Medical and sanitary report of the native army of Bengal for the year
Year: 1877
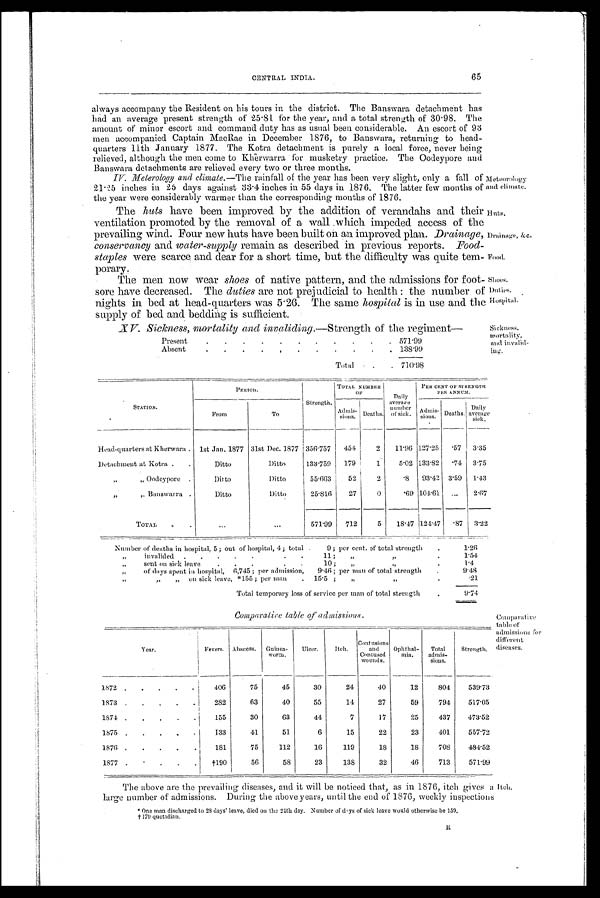
Meteorology
and climate.
Huts.
Drainage, &c.
Food.
Shoes.
Du t i e s .
Hospital.
Sickness,
mortality,
and invalid-
ing.
CENTRAL INDIA.
65
always accompany the Resident on his tours in the district. The Banswara detachment has
had an average present strength of 25.81 for the year, and a total strength of 30.98. The
amount of minor escort and command duty has as usual been considerable. An escort of 93
men accompanied Captain MacRae in December 1876, to Banswara, returning to head-
quarters 11th January 1877. The Kotra detachment is purely a local force, never being
relieved, although the men come to Kherwara for musketry practice. The Oodeypore and
Banswara detachments are relieved every two or three months.
IV. Meterology and climate.— The rainfall of the year has been very slight, only a fall of
21.25 inches in 25 days against 33.4 inches in 55 days in 1876. The latter few months of
the year were considerably warmer than the corresponding months of' 1876.
The huts have been improved by the addition of verandahs and their
ventilation promoted by the removal of a wall which impeded access of the
prevailing wind. Four new huts have been built on an improved plan. Drainage,
conservancy and water-supply remain as described in previous reports. Food-
staples were scarce and dear for a short time, but the difficulty was quite tem-
porary.
The men now wear shoes of native pattern, and the admissions for foot-
sore have decreased. The duties are not prejudicial to health : the number
nights in bed at head-quarters was 5.26. The same hospital is in use and the
supply of bed and bedding is sufficient.
_X V. Sickness, mortality and invaliding.—Strength of the regiment—
Present
.
.
.
.
.
.
.
.
.
.
. 571.99
Absent
.
.
.
.
,
.
.
.
.
.
. 138.99
Total
•
.
.
710.98
S T A T I O N .
PERIOD.
TOTAL NUMBER
OF
Daily
average
number
of sick.
P E R C E N T O F S T R E N G T H P E R A N N U M .
From
_
To
Strength.
Admis-
sions.
Deaths.
Admis-
s i o n s .
Deaths.
Daily
average
sick.
Head-quarters at Kherwara . let Jan, 1877 31st Dec. 1877 356.757
454
2
11.96 127.25
.57
3.35
Detachment at Kotra .
.
Ditto
Ditto
133.759
179
1
5.02 133.82
.74
3.75
„
„ Oodeypore .
Ditto
Ditto
55.663
52
2
.8
93.42 3.59
1.43
"
" Banswara .
Ditto
Ditto
25.816
27
0
.69 104.61
...
2.67
TOTAL
.
...
...
571.99
712
5
18.47 124.47
.87
3.22
Number of deaths in hospital, 5; out of hospital, 4; total .
9; per cent. of total strength
.
1.26
„
invalided
.
.
.
.
•
•
11 ;
„
„
•
1.51
„
sent on sick leave
. .
.
.
.
10 ;
„
.
1.4
„
of days spent in hospital, 6,745 ; per admission,
9 . 46 ; per man of total strength
.
9.48
„
„
on sick leave, *155; per man
.
15.5
"
"
.
.21
Total temporary loss of service per man of total strength
.
9.74
Comparatire table of admissions.
Year.
Fevers. Abscess.
Guinea-
worm.
Ulcer.
Itch.
Contusions
and
Contused
wounds.
Ophthal-
mia.
Total
admis-
sions.
Strength.
1872 .
.
.
.
75
45
30
24
40
12
804
539.73
1873 .
.
.
.
.
282
63
40
55
14
27
59
794
517.05
1874 .
.
.
.
.
155
30
63
44
7
17
25
437
473.52
1875 .
.
.
.
•
133
41
51
6
15
22
23
401
557.72
1876 .
.
.
.
.
181
75
112
16
119
18
18
708
484.52
1877 .
.
.
.
.
†190
56
58
23
138
32
46
713
571.99
Comparative
table of
admissions for
different
diseases.
The above are the prevailing diseases, and it will be noticed that, as in 1876, itch gives a
large number of admissions. During the above years, until the end of 1876, weekly inspections
*One man discharged to 28 days' leave, died on the 24th day. Number of days of sick leave would otherwise be 159.
179 quotidian.
itch.